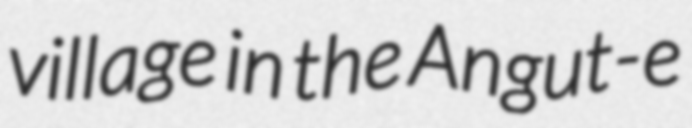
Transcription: village in the Angut-e